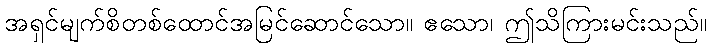
အရှင်မျက်စိတစ်ထောင်အမြင်ဆောင်သော။ ဧသော၊ ဤသိကြားမင်းသည်။